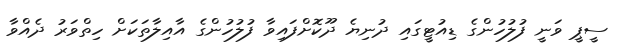
ސީޕީ ވަނީ ފުލުހުންގެ ޑިއުޓީގައި ދުނިޔެ ދޫކޮށްފައިވާ ފުލުހުންގެ އާއިލާތަކަށް ހިތްވަރު ދެއްވާ